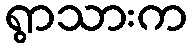
ရွာသားက